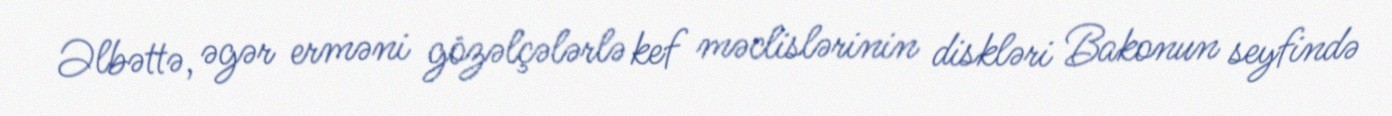
Əlbəttə, əgər erməni gözəlçələrlə kef məclislərinin diskləri Bakonun seyfində